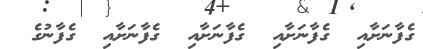
ގެފާނަށާއި  ގެފާނަށާއި  ގެފާނަށާއި  ގެފާނަށާއި  ގެފާނުގެ